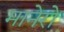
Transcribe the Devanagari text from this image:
मानेरो